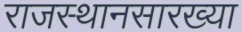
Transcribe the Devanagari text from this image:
राजस्थानसारख्या